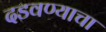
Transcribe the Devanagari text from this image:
दडवण्याचा